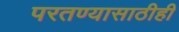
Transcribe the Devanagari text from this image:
परतण्यासाठीही